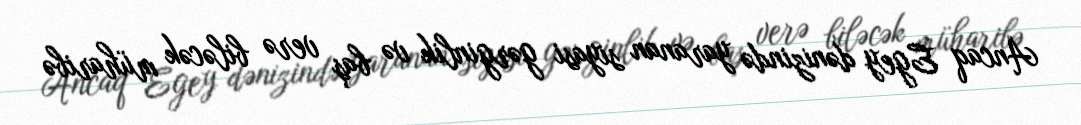
Ancaq Egey dənizində yaranan siyasi gərginlik və baş verə biləcək müharibə